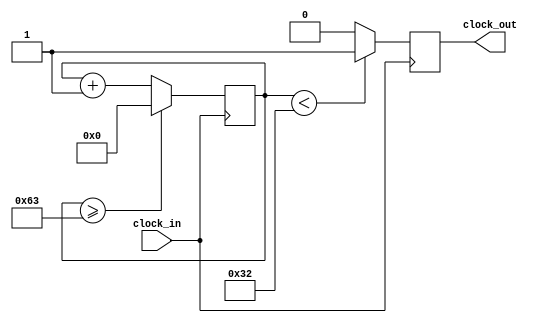
module Clock_divider(clock_in,clock_out
    );
input clock_in; // input clock on FPGA
output reg clock_out; // output clock after dividing the input clock by divisor
reg[27:0] counter=28'd0;
parameter DIVISOR = 28'd100;
// The frequency of the output clk_out
//  = The frequency of the input clk_in divided by DIVISOR
// For example: Fclk_in = 50Mhz, if you want to get 1Hz signal to blink LEDs
// You will modify the DIVISOR parameter value to 28'd50.000.000
// Then the frequency of the output clk_out = 50Mhz/50.000.000 = 1Hz
always @(posedge clock_in)
begin
 counter <= counter + 28'd1;
 if(counter>=(DIVISOR-1))
  counter <= 28'd0;
 clock_out <= (counter<DIVISOR/2)?1'b1:1'b0;
end
endmodule